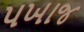
પખાજ